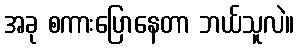
အခု စကားပြောနေတာ ဘယ်သူလဲ။